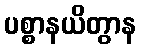
ပစ္စာနယိတွာန